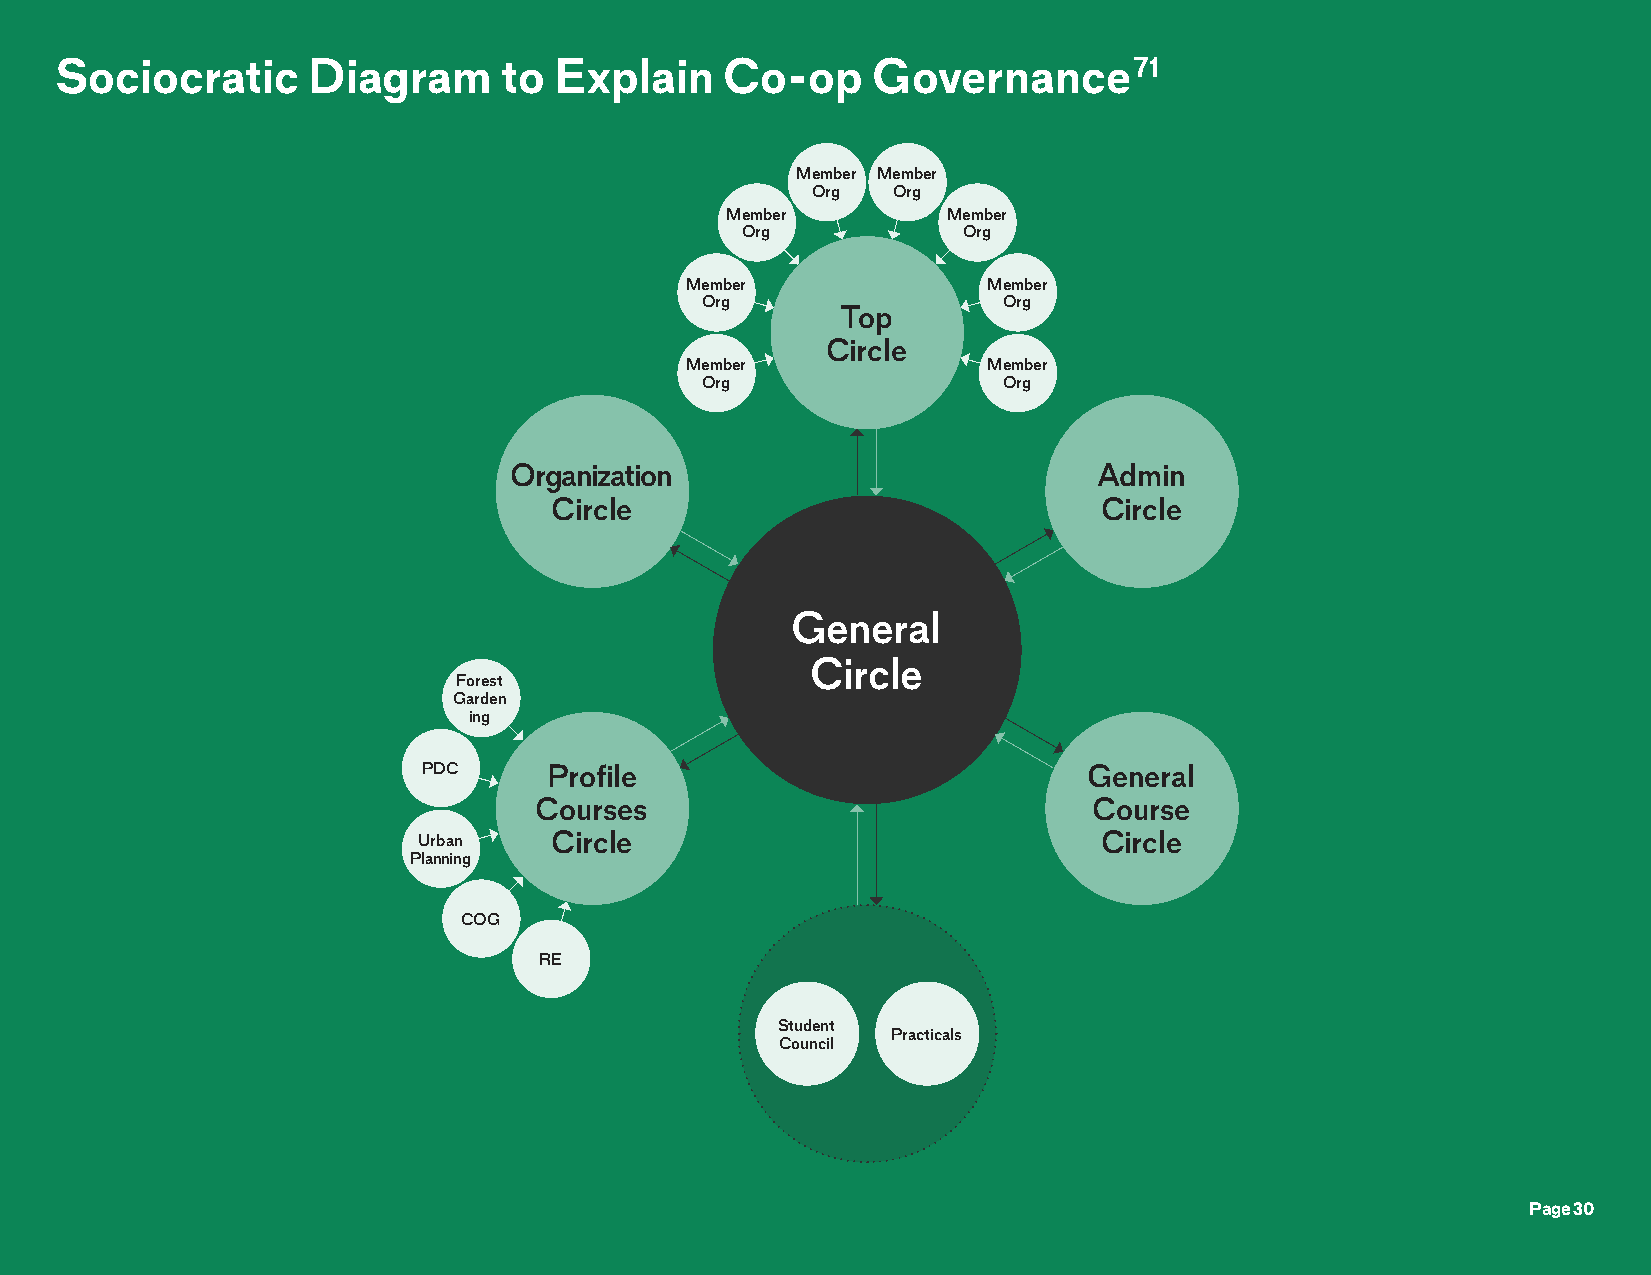
Sociocratic     Diagram      to  Explain    Co-op     Governance71
 Member Member
 Org  Org
 Member         Member
 Org            Org
 Member              Member
 Org                 Org
 Top
 Circle
 Member              Member
 Org                 Org
 Organization                           Admin
 Circle                               Circle
 General
 Circle
 Forest
 Garden
 ing
 PDC     Profile                             General
 Courses                              Course
 Urban   Circle                               Circle
 Planning
 COG
 RE
 Student
 Practicals
 Council
 Page 30